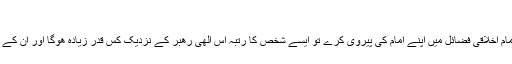
([10])
واقعاً جو شخص تقویٰ، عبادت، سادگی، سخاوت، صبر اور تمام اخلاقی فضائل میں اپنے امام کی پیروی کرے تو ایسے شخص کا رتبہ اس الٰھی رھبر کے نزدیک کس قدر زیادہ ھوگا اور ان کے حضور میں شرفیابی سے کس قدر سرفراز اور سربلند ھوگا؟